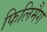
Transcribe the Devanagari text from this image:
फिलिमैग